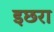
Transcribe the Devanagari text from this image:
इछरा